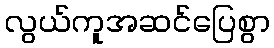
လွယ်ကူအဆင်ပြေစွာ